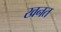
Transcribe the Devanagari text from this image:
खनत